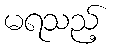
မရသည့်